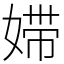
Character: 㛿